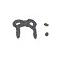
កៈ